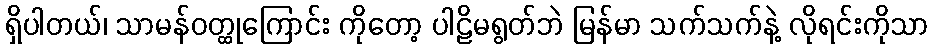
ရှိပါတယ်၊ သာမန်ဝတ္ထုကြောင်း ကိုတော့ ပါဠိမရွတ်ဘဲ မြန်မာ သက်သက်နဲ့ လိုရင်းကိုသာ